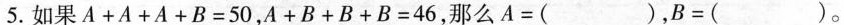
5.如果 $$A + A+ A + B = 5 0$$ , $$A + B + B + B = 4 6$$ , 那么 $$A = ( )$$ , $$B = ( )$$。